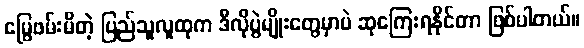
မြွေဖမ်းမိတဲ့ ပြည်သူလူထုက ဒီလိုပွဲမျိုးတွေမှာပဲ ဆုကြေးရနိုင်တာ ဖြစ်ပါတယ်။